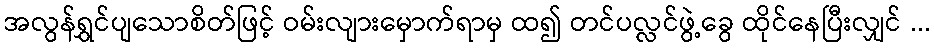
အလွန်ရွှင်ပျသောစိတ်ဖြင့် ဝမ်းလျားမှောက်ရာမှ ထ၍ တင်ပလ္လင်ဖွဲ့ခွေ ထိုင်နေပြီးလျှင် ...